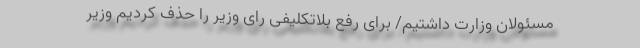
مسئولان وزارت داشتیم/ برای رفع بلاتکلیفی رای وزیر را حذف کردیم وزیر